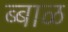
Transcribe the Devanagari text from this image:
ब्बाळ